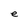
Character: e